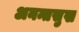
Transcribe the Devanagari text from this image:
अनन्तसुख